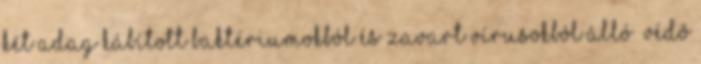
két adag kábított baktériumokból és zavart vírusokból álló “védõ